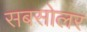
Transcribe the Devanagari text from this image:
सबसोलर